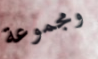
ومجموعة